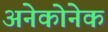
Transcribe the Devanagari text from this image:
अनेकोनेक